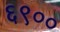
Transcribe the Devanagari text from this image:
६९००